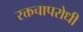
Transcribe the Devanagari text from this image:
रक्तचापरोधी